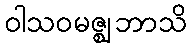
ဝါသဝမဇ္ဈဘာသိ